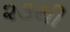
૨૩થી